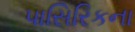
પાસિરિકના